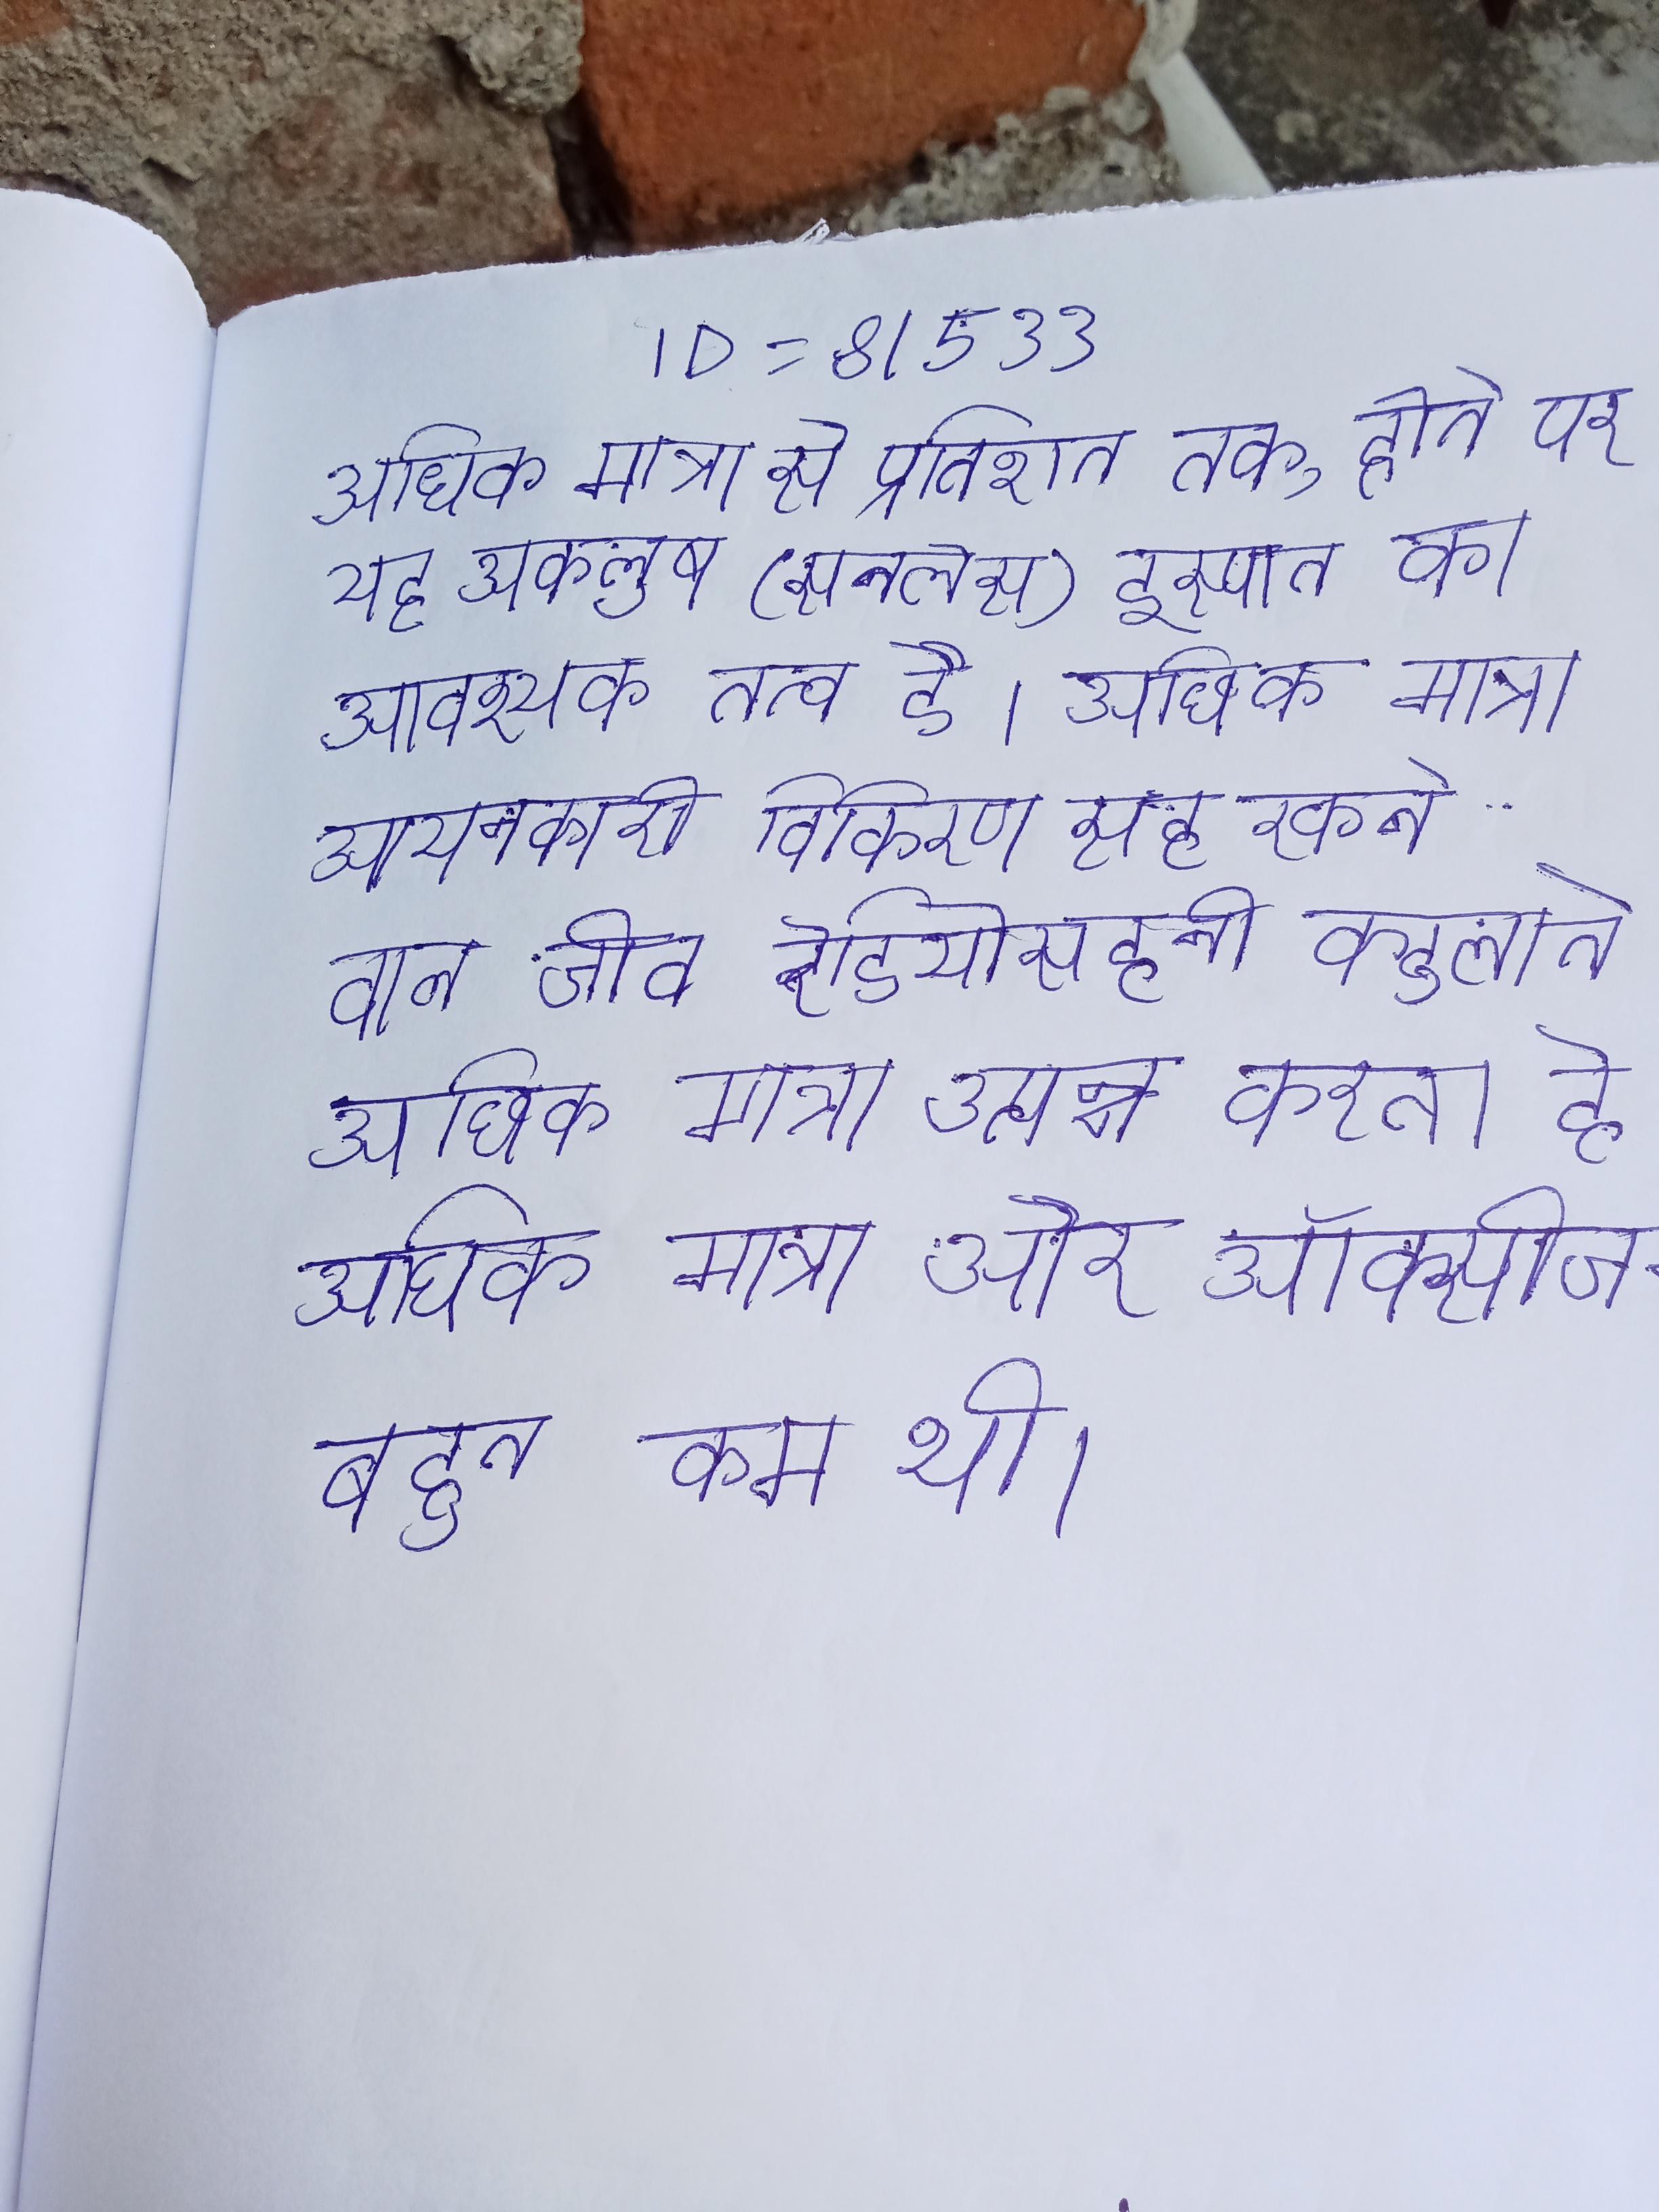
अधिक मात्रा से प्रतिशत तक, होने पर यह अकलुष (स्टेनलेस) इस्पात का आवश्यक तत्व है । अधिक मात्रा आयनकारी विकिरण सह सकने वाले जीव रेडियोसहनी कहलाते । अधिक मात्रा उत्पन्न करता है । अधिक मात्रा और ऑक्सीजन बहुत कम थी ।